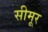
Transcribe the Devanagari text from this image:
सीमूर